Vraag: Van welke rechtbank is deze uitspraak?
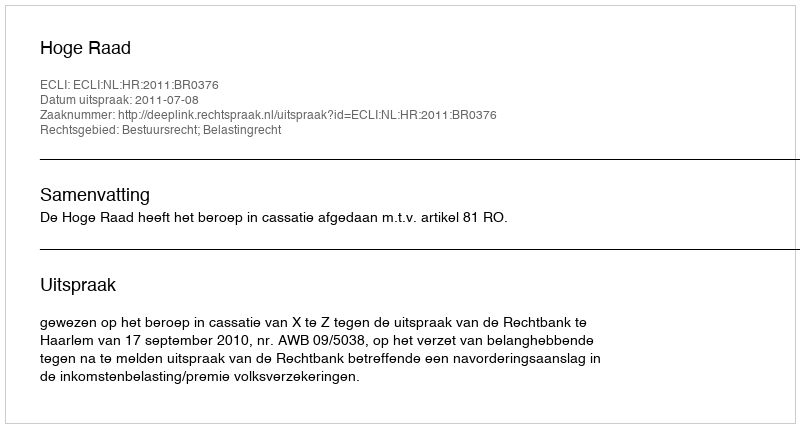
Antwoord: Hoge Raad